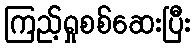
ကြည့်ရှုစစ်ဆေးပြီး